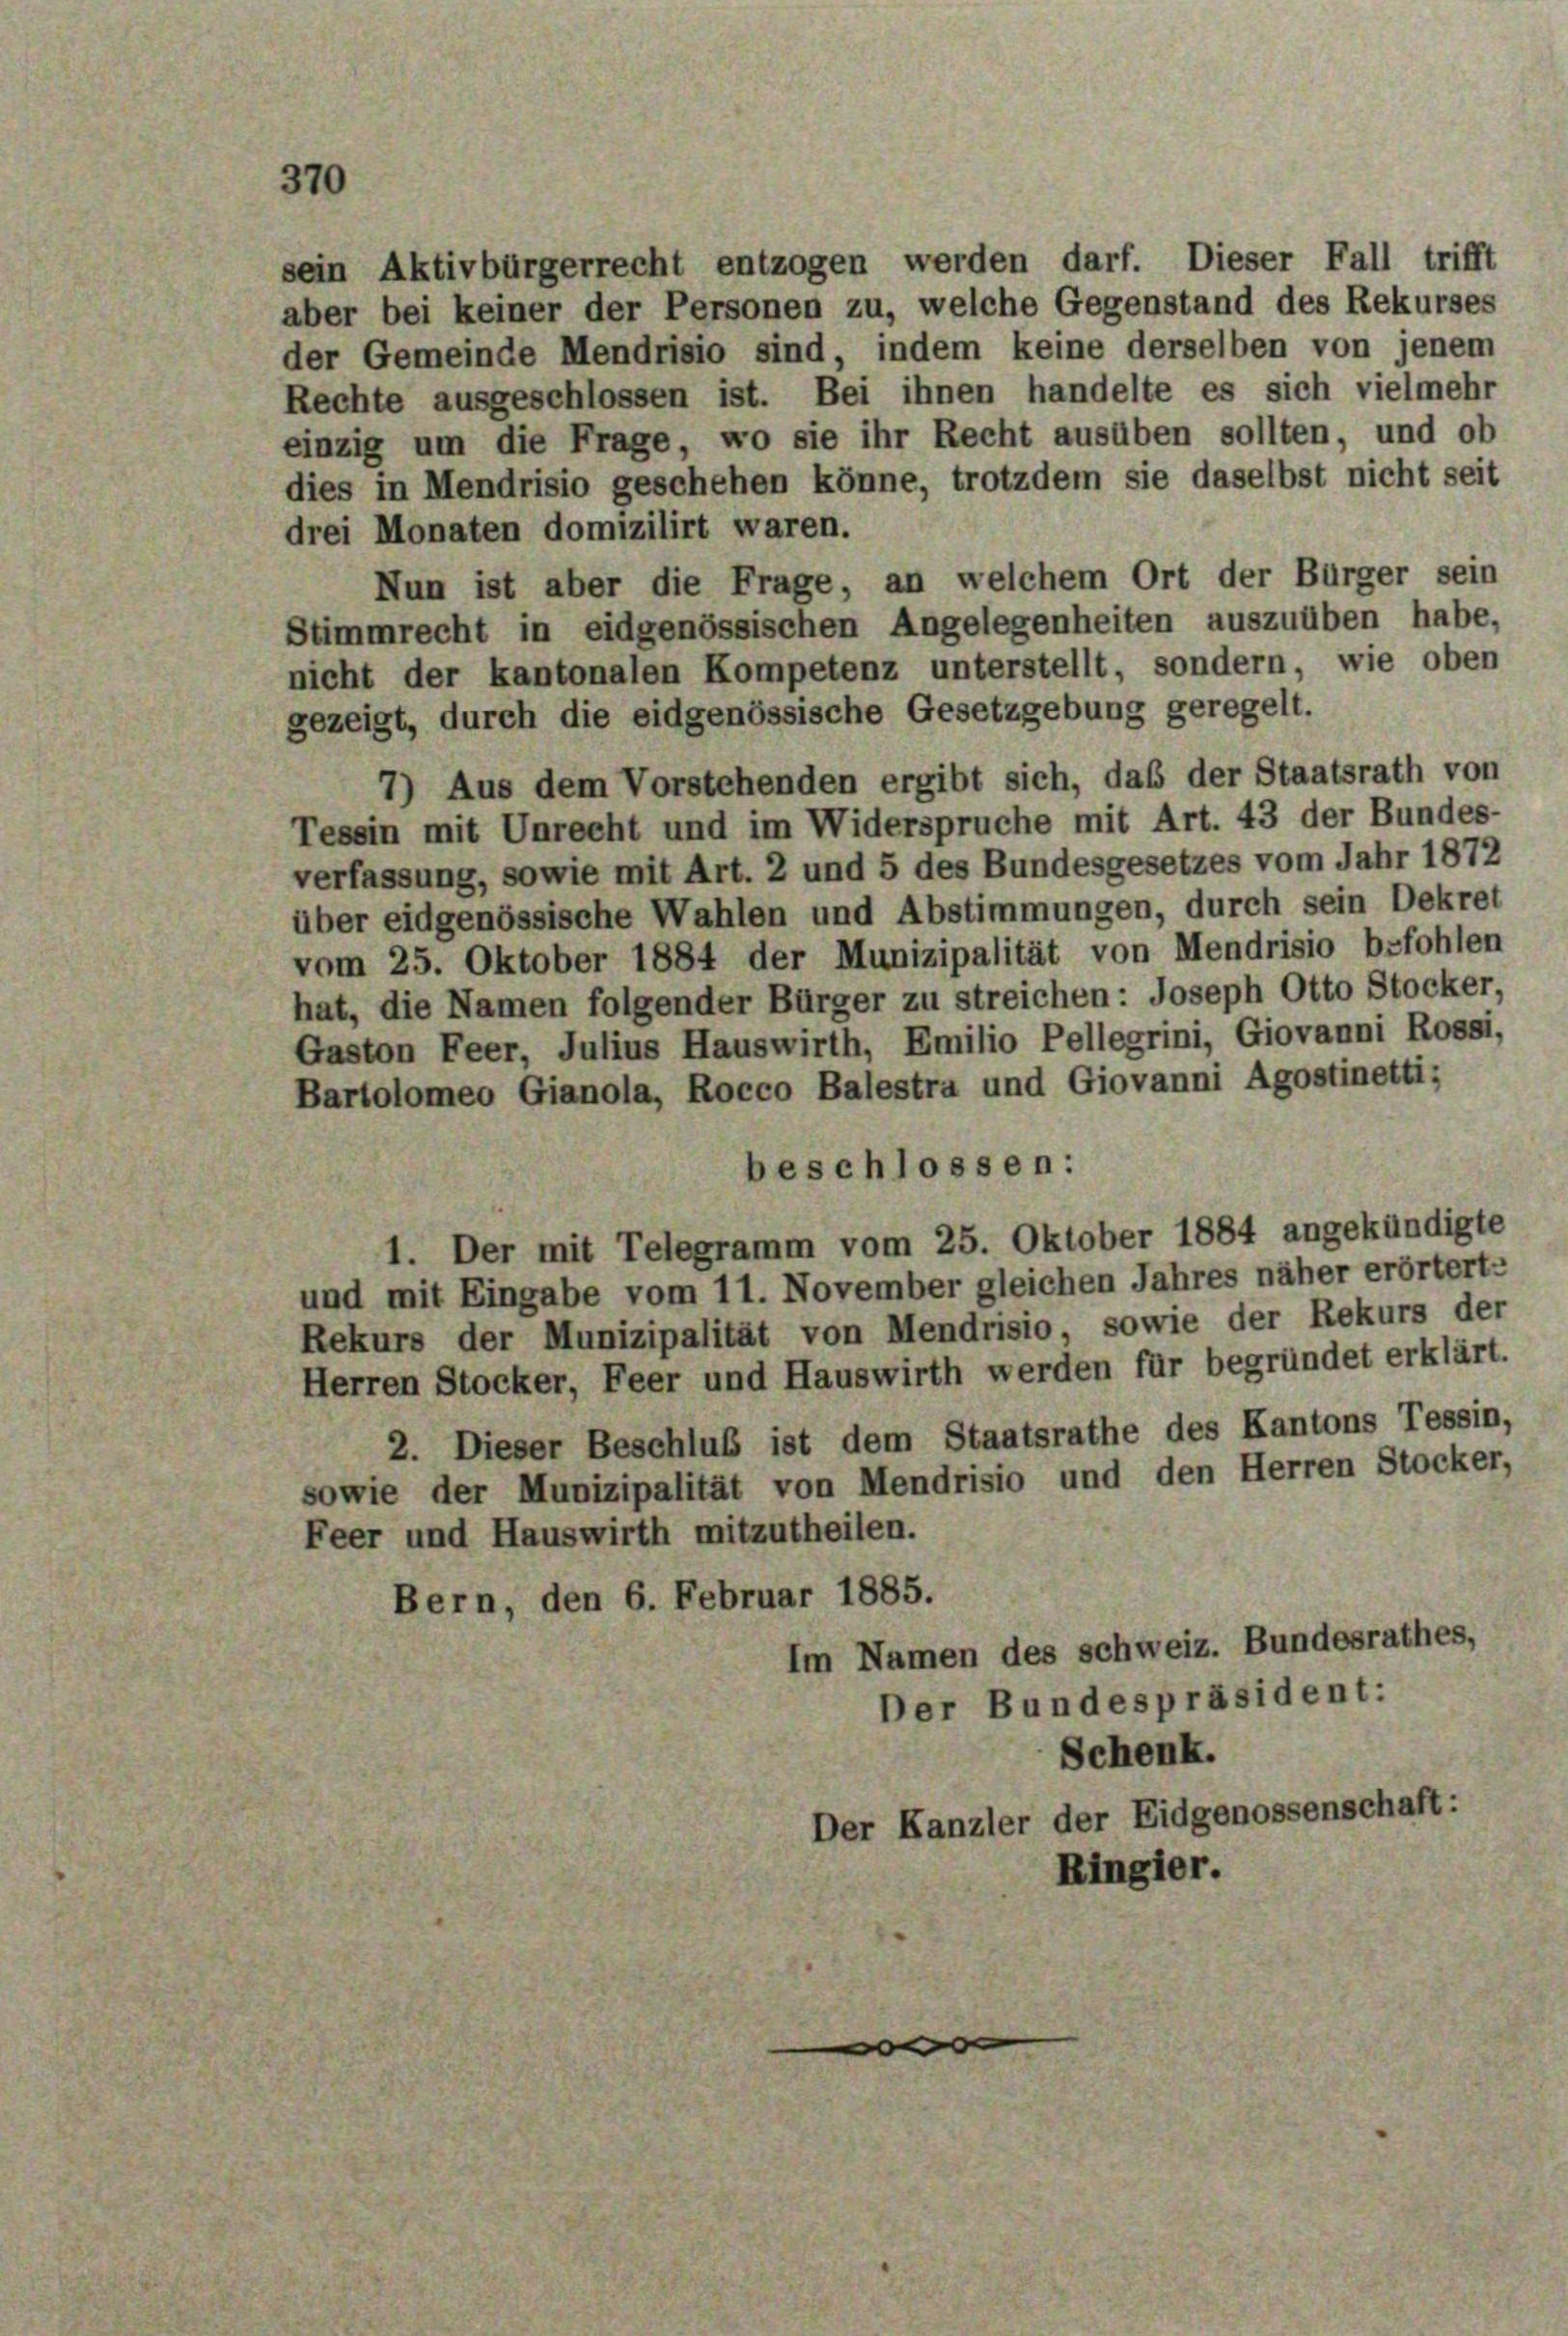
sein Aktivbürgerrecht entzogen werden darf. Dieser Fall trifft
aber bei keiner der Personen zu, welche Gegenstand des Rekurses

370

der Gemeinde Mendrisio sind, indem keine derselben von jenem
Rechte ausgeschlossen ist. Bei ihnen handelte es sich vielmehr
einzig um die Frage, wo sie ihr Recht ausüben sollten, und ob
dies in Mendrisio geschehen könne, trotzdem sie daselbst nicht seit
drei Monaten domizilirt waren.
Nun ist aber die Frage, an welchem Ort der Bürger sein
Stimmrecht in eidgenössischen Angelegenheiten auszuüben habe,
nicht der kantonalen Kompetenz unterstellt, sondern, wie oben
gezeigt, durch die eidgenössische Gesetzgebung geregelt.
7) Aus dem Vorstehenden ergibt sich, daß der Staatsrath von
Tessin mit Unrecht und im Widerspruche mit Art. 43 der Bundes-
verfassung, sowie mit Art. 2 und 5 des Bundesgesetzes vom Jahr 1872
über eidgenössische Wahlen und Abstimmungen, durch sein Dekret
vom 25. Oktober 1884 der Munizipalität von Mendrisio befohlen
hat, die Namen folgender Bürger zu streichen: Joseph Otto Stocker,
Gaston Feer, Julius Hauswirth, Emilio Pellegrini, Giovanni Rossi,
Bartolomeo Gianola, Rocco Balestra und Giovanni Agostinetti;
beschlossen:
1. Der mit Telegramm vom 25. Oktober 1884 angekündigte
und mit Eingabe vom 11. November gleichen Jahres näher erörtert:
Rekurs der Munizipalität von Mendrisio, sowie der Rekurs der
Herren Stocker, Feer und Hauswirth werden für begründet erklärt.
2. Dieser Beschluß ist dem Staatsrathe des Kantons Tessin,
sowie der Munizipalität von Mendrisio und den Herren Stocker,
Feer und Hauswirth mitzutheilen.
Bern, den 6. Februar 1885.
Im Namen des schweiz. Bundesrathes,
Der Bundespräsident:
Schenk.
Der Kanzler der Eidgenossenschaft:
Ringier.